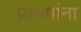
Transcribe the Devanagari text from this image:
प्रारूपांना